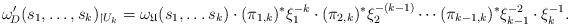
LaTeX: \begin{align*}\omega_{\!D}'(s_1,\dots,s_k)_{\upharpoonright U_k}=\omega_{\mathfrak{U}}(s_1,\dots s_k)\cdot({\pi}_{1,k})^*\xi_{1}^{-k}\cdot ({\pi}_{2,k})^*\xi_{2}^{-(k-1)}\cdots({\pi}_{k-1,k})^*\xi_{k-1}^{-2}\cdot \xi_{k}^{-1}.\end{align*}